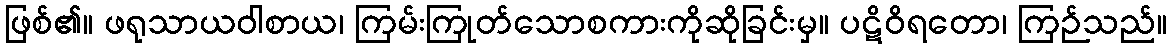
ဖြစ်၏။ ဖရုသာယဝါစာယ၊ ကြမ်းကြုတ်သောစကားကိုဆိုခြင်းမှ။ ပဋိဝိရတော၊ ကြဉ်သည်။